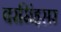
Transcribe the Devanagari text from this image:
वरसिंहसर